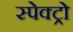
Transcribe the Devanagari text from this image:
स्पेक्ट्रो